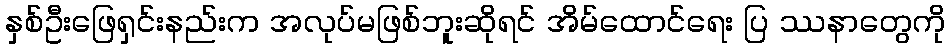
နှစ်ဦးဖြေရှင်းနည်းက အလုပ်မဖြစ်ဘူးဆိုရင် အိမ်ထောင်ရေး ပြ ဿနာတွေကို